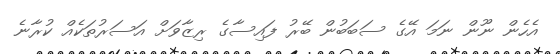
އެހެން ނޫން ނަމަ އޭގެ ސަބަބުން ބޭރު ފައިސާގެ ރިޒާވަށް އަސަރުތަކެއް ކުރާނެ